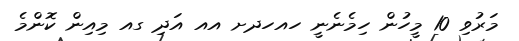
މަރުވި 10 މީހުން ހިމެނެނީ ހއހދށ އއ އަދި ގއ މިއިން ކޮންމެ